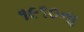
૧૯૧૦ના